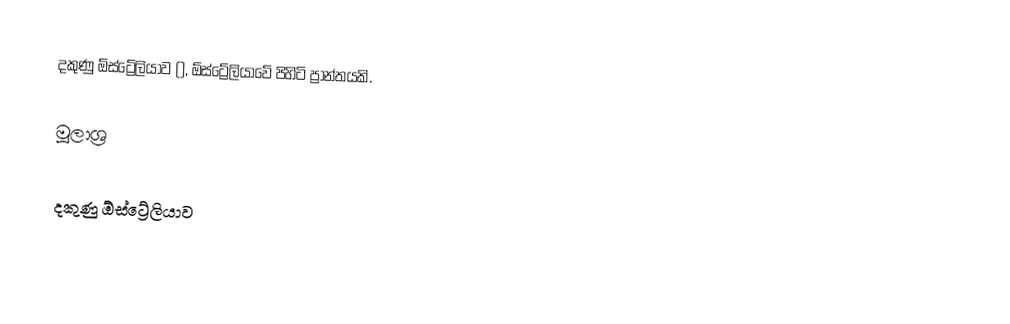
දකුණු ඕස්ට්‍රේලියාව (), ඕස්ට්‍රේලියාවේ පිහිටි ප්‍රාන්තයකි.

මූලාශ්‍ර

දකුණු ඕස්ට්‍රේලියාව